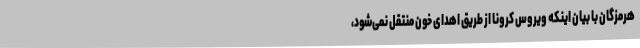
هرمزگان با بیان اینکه ویروس کرونا از طریق اهدای خون منتقل نمی‌شود،